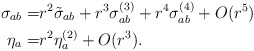
\begin{align*}\sigma_{ab}=& r^2\tilde{\sigma}_{ab}+r^3\sigma^{(3)}_{ab}+r^4\sigma^{(4)}_{ab}+O(r^5)\\\eta_a = &r^2 \eta_a^{(2)} +O(r^3).\end{align*}